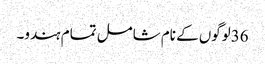
36لوگوں کے نام شامل تمام ہندو۔